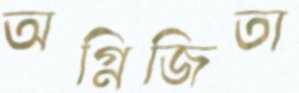
অগ্নিজিতা